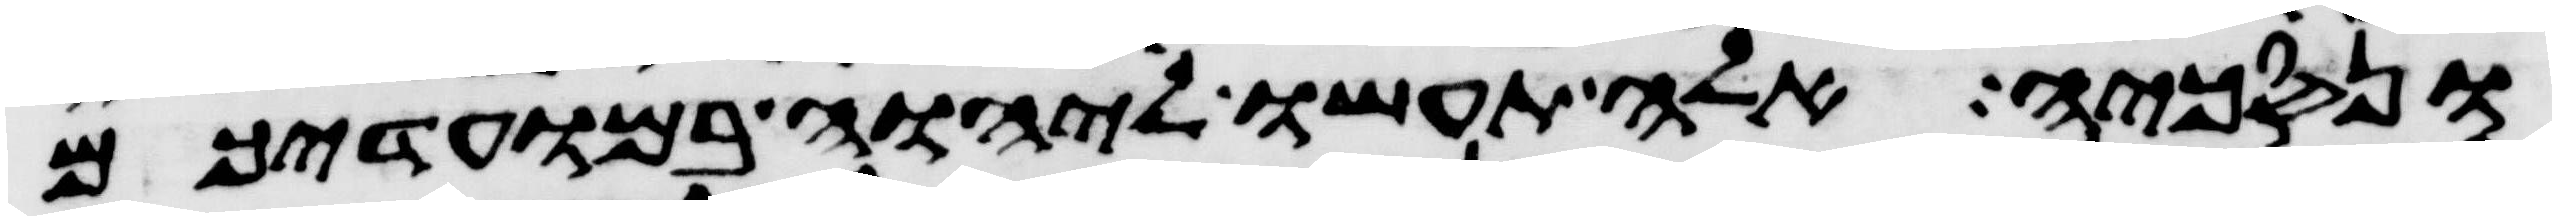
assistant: ונסכיה אלה תעשו ליהוה במועדיכם